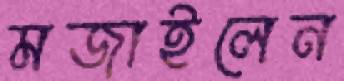
মজাইলেন